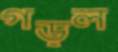
গড়ল